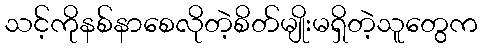
သင့်ကိုနစ်နာစေလိုတဲ့စိတ်မျိုးမရှိတဲ့သူတွေက